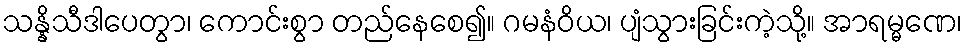
သန္နိသီဒါပေတွာ၊ ကောင်းစွာ တည်နေစေ၍။ ဂမနံဝိယ၊ ပျံသွားခြင်းကဲ့သို့။ အာရမ္မဏေ၊